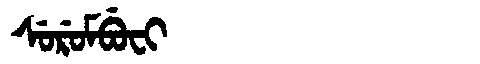
Manchu: ᠰᡠᡵᡠᠮᠪᡠᠸᡳ
Romanization: SURUMBUFI